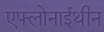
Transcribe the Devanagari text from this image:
एफ्लोनाईथीन